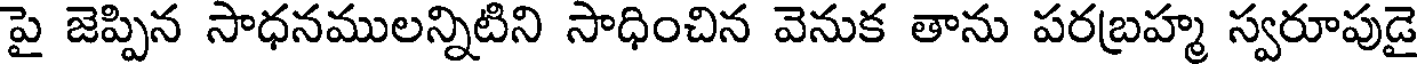
పై జెప్పిన సాధనములన్నిటిని సాధించిన వెనుక తాను పరబ్రహ్మ స్వరూపుడై